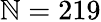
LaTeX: \mathbb{N}=219